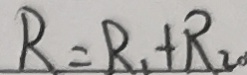
R = R _ { 1 } + R _ { 2 0 }